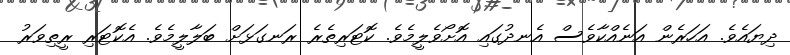
ދިޔައެވެ. އަހަރެން އަނެއްކާވެސް އެނދުގައި އޮށޯވެލީމެވެ. ކޮޓަރިތެރެ ރަނގަޅަށް ބަލާލީމެވެ. އެކޮޓަރި ރީތިވަރު